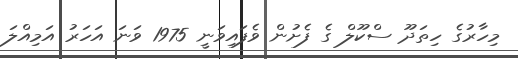
މިހާރުގެ ހިތަދޫ ސްކޫލް ގެ ފެށުން ވެފައިވަނީ 1975 ވަނަ އަހަރު އަމިއްލަ